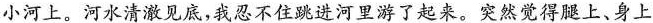
小河上。河水清澈见底，我忍不住跳进河里游了起来。突然觉得腿上、身上